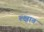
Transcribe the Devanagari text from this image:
ल्क्षात